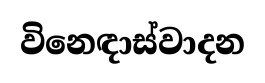
විනෙඳාස්වාදන